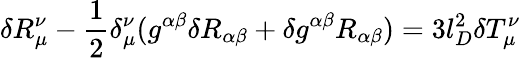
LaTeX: \delta R_{\mu}^{\nu}-\frac{1}{2}\delta_{\mu}^{\nu}(g^{\alpha\beta}\delta R_{\alpha\beta}+\delta g^{\alpha\beta}R_{\alpha\beta})=3l_{D}^{2}\delta T_{\mu}^{\nu}